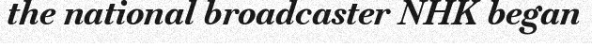
the national broadcaster NHK began